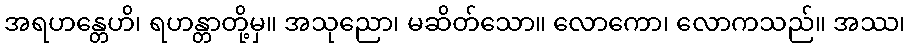
အရဟန္တေဟိ၊ ရဟန္တာတို့မှ။ အသုညော၊ မဆိတ်သော။ လောကော၊ လောကသည်။ အဿ၊